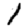
Digit: 1